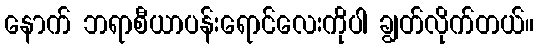
နောက် ဘရာစီယာပန်းရောင်လေးကိုပါ ချွတ်လိုက်တယ်။